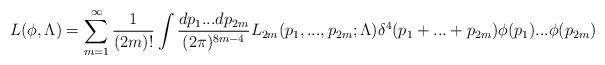
LaTeX: \begin{align*}L(\phi,\Lambda)=\sum_{m=1}^{\infty}{1\over(2m)!}\int {dp_1 ... dp_{2m}\over(2\pi)^{8m-4}}L_{2m}(p_1,...,p_{2m};\Lambda)\delta^4(p_1+ ... +p_{2m})\phi(p_1) ... \phi(p_{2m})\end{align*}